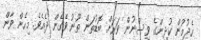
ހެދުމުން ކުދިންގެ ވިސްނުން ވަރަށް ބޮޑުތަން ތޫނު ވެގެން ދެއެވެ. މިހެން ވާން